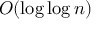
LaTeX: O ( \log \log n )